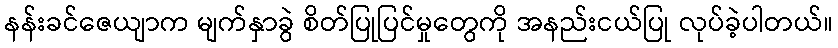
နန်းခင်ဇေယျာက မျက်နှာခွဲ စိတ်ပြုပြင်မှုတွေကို အနည်းငယ်ပြု လုပ်ခဲ့ပါတယ်။